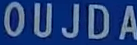
OUJD